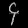
Digit: ၄